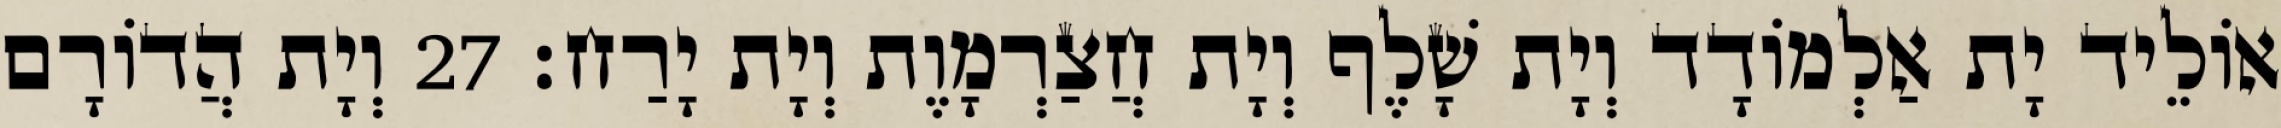
אוֹלֵיד יָת אַלְמוֹדָד וְיָת שָׁלֶף וְיָת חֲצַרְמָוֶת וְיָת יָרַח׃ 27 וְיָת הֲדוֹרָם